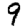
Digit: 9